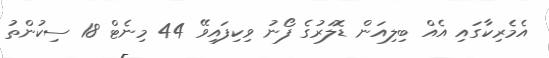
އެމެރިކާގައި އެއް ބިލިއަން ޑޮލަރުގެ ފޯނު ވިކިފައިވޭ 44 މިނެޓް 18 ސިކުންތު